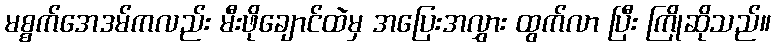
မစ္စက်အေဒမ်ကလည်း မီးဖိုချောင်ထဲမှ အပြေးအလွှား ထွက်လာ ပြီး ကြိုဆိုသည်။